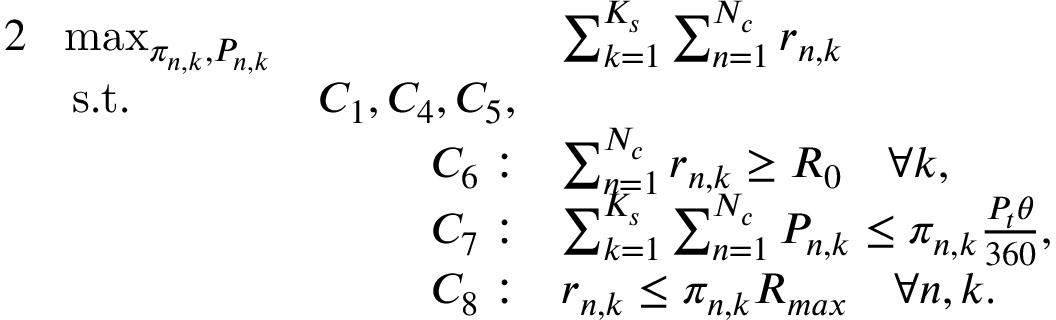
\begin{array} { r l r l } { { 2 } } & { \! \operatorname* { m a x } _ { \pi _ { n , k } , P _ { n , k } } } & { \quad } & { \sum _ { k = 1 } ^ { K _ { s } } \sum _ { n = 1 } ^ { N _ { c } } r _ { n , k } } \\ & { \mathrm { s . t . } } & { C _ { 1 } , C _ { 4 } , C _ { 5 } , } \\ & { } & { C _ { 6 } : } & { \sum _ { n = 1 } ^ { N _ { c } } r _ { n , k } \geq R _ { 0 } \quad \forall k , } \\ & { } & { C _ { 7 } : } & { \sum _ { k = 1 } ^ { K _ { s } } \sum _ { n = 1 } ^ { N _ { c } } P _ { n , k } \leq \pi _ { n , k } \frac { P _ { t } \theta } { 3 6 0 } , } \\ & { } & { C _ { 8 } : } & { r _ { n , k } \leq \pi _ { n , k } R _ { m a x } \quad \forall n , k . } \end{array}